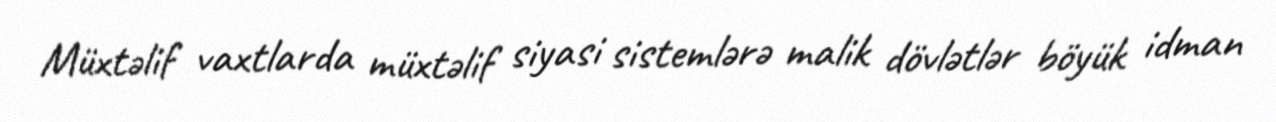
Müxtəlif vaxtlarda müxtəlif siyasi sistemlərə malik dövlətlər böyük idman